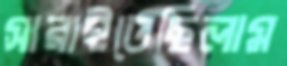
সারাইতেছিলাম